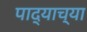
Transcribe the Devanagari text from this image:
पाद्याच्या